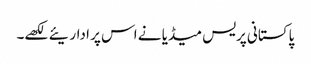
پاکستانی پریس میڈیا نے اس پر اداریئے لکھے۔